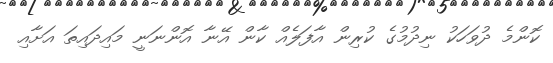
ކޮންމެ ދުވަހަކު ނިދުމުގެ ކުރިން އާފަލެއް ކާން އޭނާ އޮންނަނީ މައިދައިތަ އަށާއި